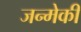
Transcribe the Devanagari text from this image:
जन्मेकी